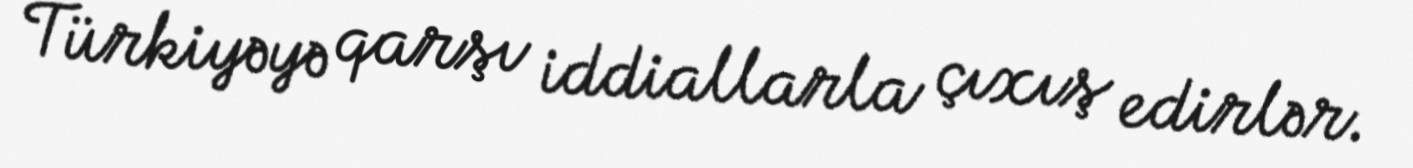
Türkiyəyə qarşı iddiallarla çıxış edirlər.